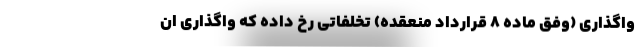
واگذاری (وفق ماده ۸ قرارداد منعقده) تخلفاتی رخ داده که واگذاری ان